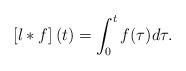
\begin{align*}\left[l*f\right](t)=\int_{0}^{t}f(\tau)d\tau.\end{align*}